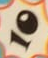
10